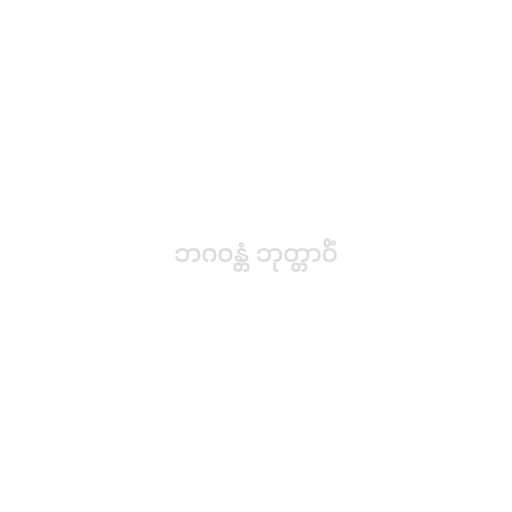
ဘဂဝန္တံ ဘုတ္တာဝိံ